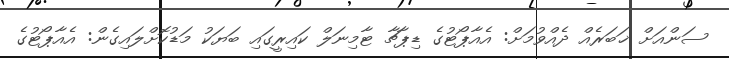
ސަންއަށް ޚަބަރެއް ދެއްވުމަށް: އެއާޕޯޓުގެ ޑިޕާޗާ ޓާމިނަލް ކައިރީގައި ބަޔަކު މަޑުކޮށްލަައިގެން: އެއާޕޯޓުގެ